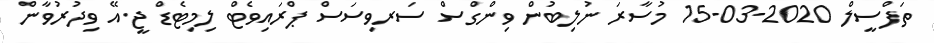
ތަފްސީލް 2020-03-15 މުސާރަ ނުލިބުން ވިންގްސް ސަރވިސަސް ޕްރައިވެޓް ލިމިޓެޑް ޖީ.އޭ ވިދުރުވާން